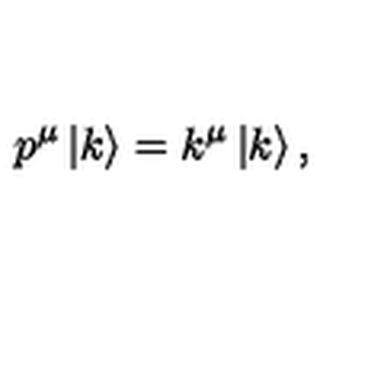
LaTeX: p ^ { \mu } \left| k \right> = k ^ { \mu } \left| k \right> ,